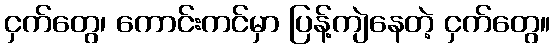
ငှက်တွေ၊ ကောင်းကင်မှာ ပြန့်ကျဲနေတဲ့ ငှက်တွေ။